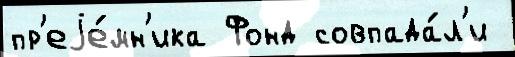
пр'еjе́мн'ика Фонд совпада́л'и